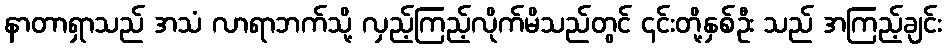
နာတာရှာသည် အသံ လာရာဘက်သို့ လှည့်ကြည့်လိုက်မိသည်တွင် ၎င်းတို့နှစ်ဦး သည် အကြည့်ချင်း